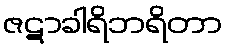
ဇဋာခါရိဘရိတာ